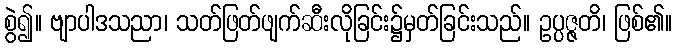
စွဲ၍။ ဗျာပါဒသညာ၊ သတ်ဖြတ်ဖျက်ဆီးလိုခြင်း၌မှတ်ခြင်းသည်။ ဥပ္ပဇ္ဇတိ၊ ဖြစ်၏။